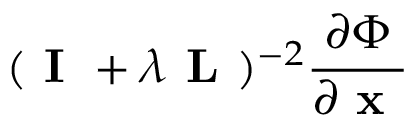
( \textbf { I } + \lambda \textbf { L } ) ^ { - 2 } \frac { \partial \Phi } { \partial \textbf { x } }